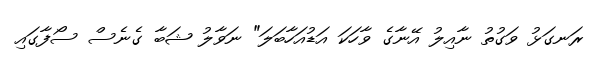
ރަނގަޅު ވަގުތު ނާއިލު އޭނާގެ ވާހަކަ އަޑުއަހާބަލަ" ނަވާލު ޝަބާ ގެނެސް ސޯފާގައި